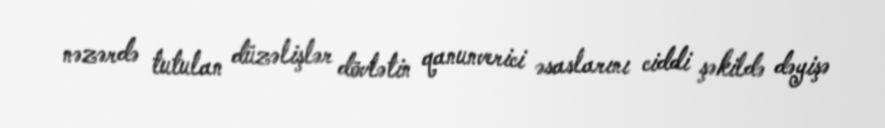
nəzərdə tutulan düzəlişlər dövlətin qanunverici əsaslarını ciddi şəkildə dəyişə